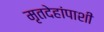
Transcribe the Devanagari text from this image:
मृतदेहांपाशी